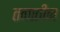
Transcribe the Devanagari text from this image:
तनातीन